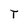
Character: T